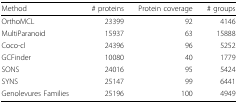
<table><thead><tr><td><b>Method</b></td><td><b># proteins</b></td><td><b>Protein coverage</b></td><td><b># groups</b></td></tr></thead><tbody><tr><td>OrthoMCL</td><td>23399</td><td>92</td><td>4146</td></tr><tr><td>MultiParanoid</td><td>15937</td><td>63</td><td>15888</td></tr><tr><td>Coco-cl</td><td>24396</td><td>96</td><td>5252</td></tr><tr><td>GCFinder</td><td>10080</td><td>40</td><td>1779</td></tr><tr><td>SONS</td><td>24016</td><td>95</td><td>5424</td></tr><tr><td>SYNS</td><td>25147</td><td>99</td><td>6441</td></tr><tr><td>Genolevures Families</td><td>25196</td><td>100</td><td>4949</td></tr></tbody></table>